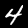
Label: 4